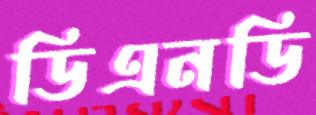
ডিএনডি